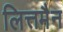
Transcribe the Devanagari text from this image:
लित्तमैन